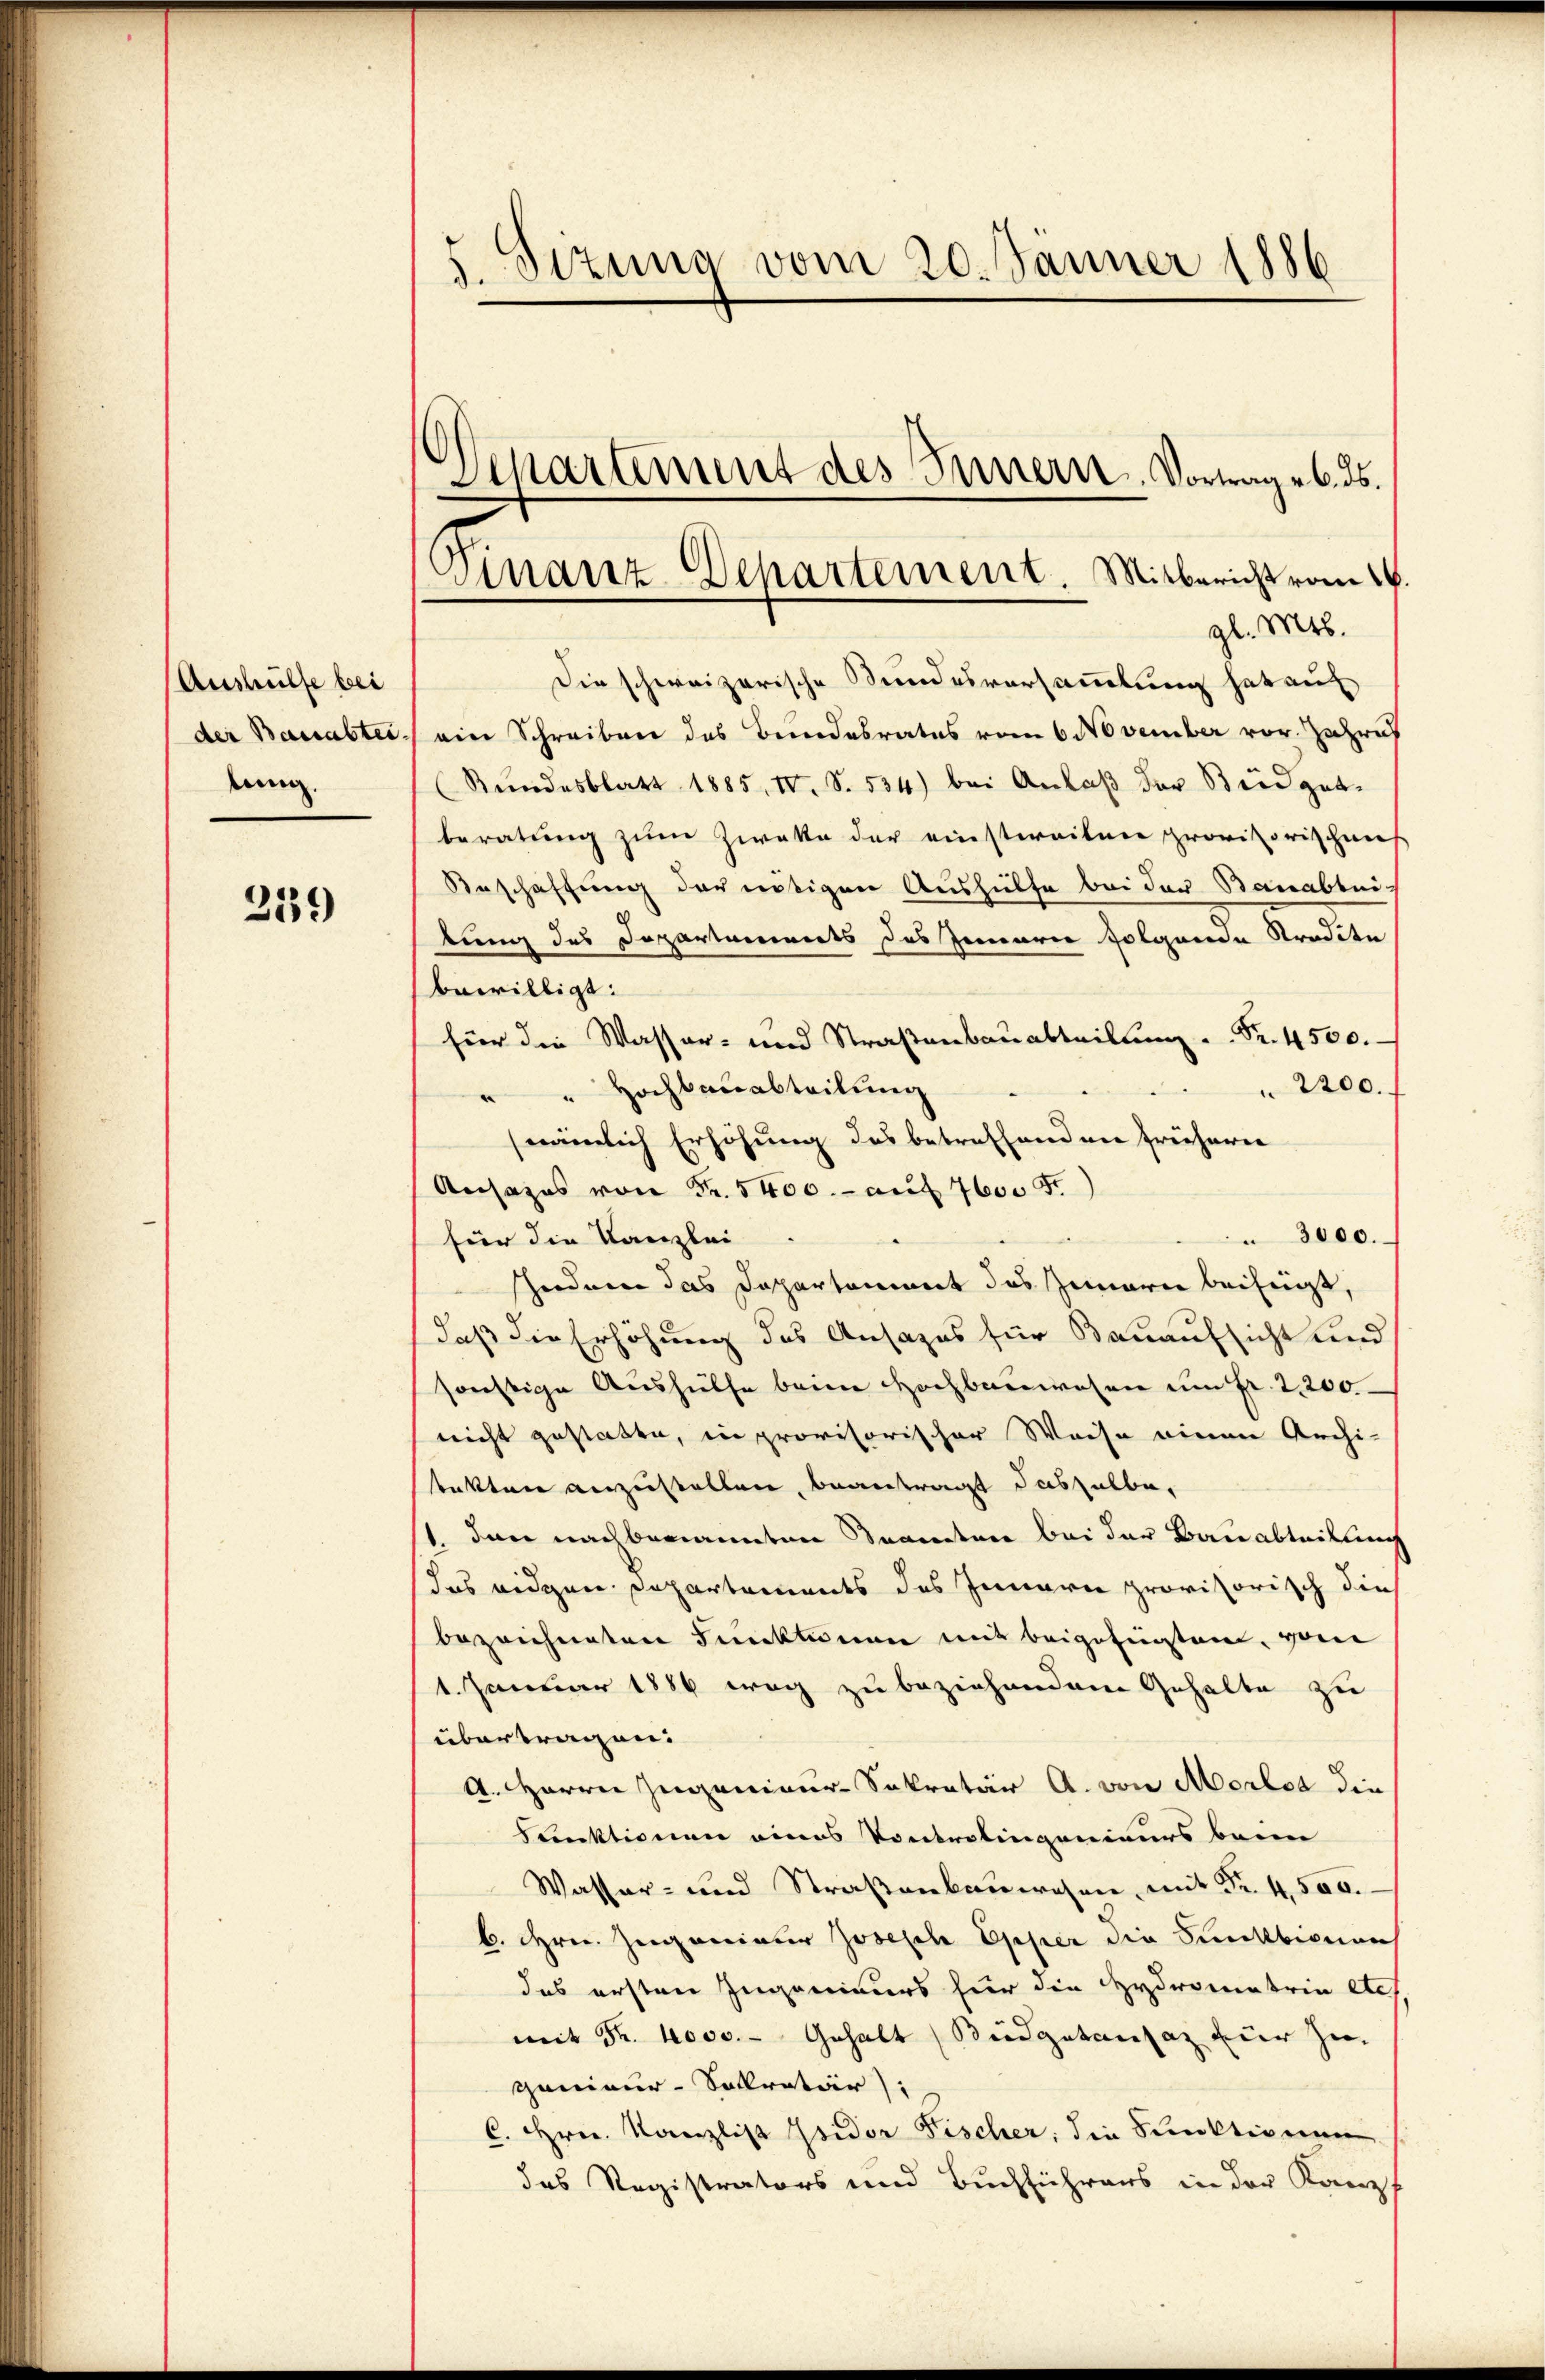
Aushülfe bei
der Bauabtei
Aun

259

5. Sizung vom 20. Jänner 1886

Departement des Innern, Vortrages. ds.

Die schweizerische Bundesversammlung hat auf
ein Schreiben des Bundesrates vom 6 November vor. Jahre
(Stundesblatt 1885. IV. S. 534) bei Anlaβ der Beidgetberatung zum Zweke der einstweitere provisorischens
Beschaffung der nötigen Aushülfe bei der Bauabtuitung des Departements des Jennern folgende Kredite
bewilligt:
für die Wasser- und Straßenbauabteilung ... Sr. 4500.
2200.
" " Hochbauabteilung
nämlich Erhöhung des betreffenden Freiherer
Ansages von Fr. 5400.- auf 600 Fr.
3000.
für die Kanzlei
schenden das Dappartement das Zwar beifügt,
daß die Erhöhung des Ansages für Bauaufsicht und
sonstige Aushülfe beim Hochbauwesen um Fr. 2,200.
nicht gestatte, in provisorischer Weise einen Archi-
takten anzustellen, beantragt dasselbe,
s. dann nachbenannten Beamten bei der Bauabtritlung
das eidgen. Departements des Innern provisorisch dies
bezeichneten Funktinen mit beigefügten, vom
1. Januar 1886 weg zu beziehendem Gehalte zu
übertragen.
A. Herrn Zugenieur Sekretär A. von Morlot die
Funktionen eines Kontrolingenieurs beim
Wasser- und Straßenbauwesen, mit Nr. 4500.
b. Hrn. Zuganciater Joseph Epper die Selbignans
das ersten Ingenieurs für die Hydrometrin etc.
mit Fr. 4000.- Gehalt Budgetansaz zur Zu-
genieur-Sollratur)
C. Hrn. Kanzlist Isidor Fischer: die Sanktionen
das Registrators und Buchführers in der Kanz

Finanz-Departement. Mitbericht vom 26.
gl. Mts.